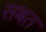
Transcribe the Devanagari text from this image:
सबत